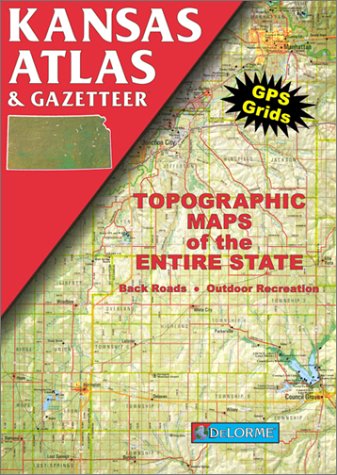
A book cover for Kansas Atlas & Gazetteer; Delorme Publishing Company; Travel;